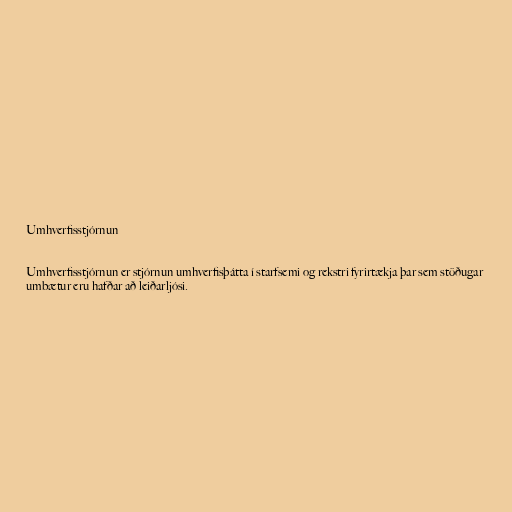
Umhverfisstjórnun

Umhverfisstjórnun er stjórnun umhverfisþátta í starfsemi og rekstri fyrirtækja þar sem stöðugar
umbætur eru hafðar að leiðarljósi.